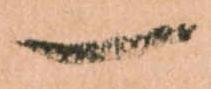
一